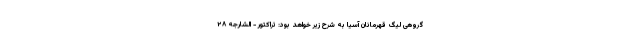
گروهی لیگ قهرمانان آسیا به شرح زیر خواهد بود: تراکتور - الشارجه ۲۸